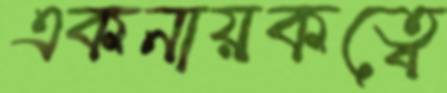
একনায়কত্বে